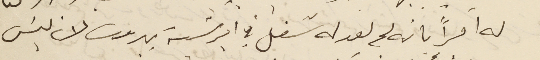
له امراً بانه لم يعد له شغل في ابرشية بيروت لانه ليسَ